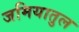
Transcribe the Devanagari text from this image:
जमियातुल